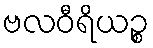
ဗလဝီရိယဉ္စ